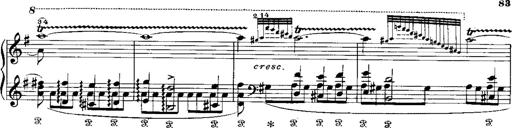
Title: RÃ©miniscences de Norma de Bellini
Composer: Franz Liszt